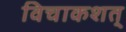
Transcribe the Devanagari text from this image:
विचाकशत्